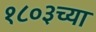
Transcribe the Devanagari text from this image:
१८०३च्या